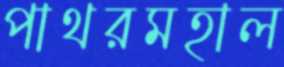
পাথরমহাল